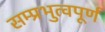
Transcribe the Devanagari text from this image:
सम्प्रभुत्वपूर्ण